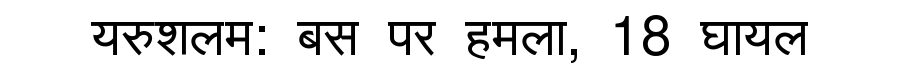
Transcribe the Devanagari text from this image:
यरुशलम: बस पर हमला, 18 घायल